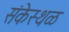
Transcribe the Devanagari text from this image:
संकेस्थळ